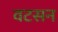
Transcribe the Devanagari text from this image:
वटसन